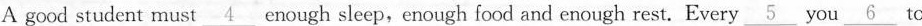
A good student must \underline{4} enough sleep,enough food and enough rest. Every \underline{6} you \underline{6} to